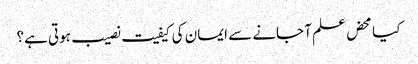
کیا محض علم آ جانے سے ایمان کی کیفیت نصیب ہوتی ہے؟